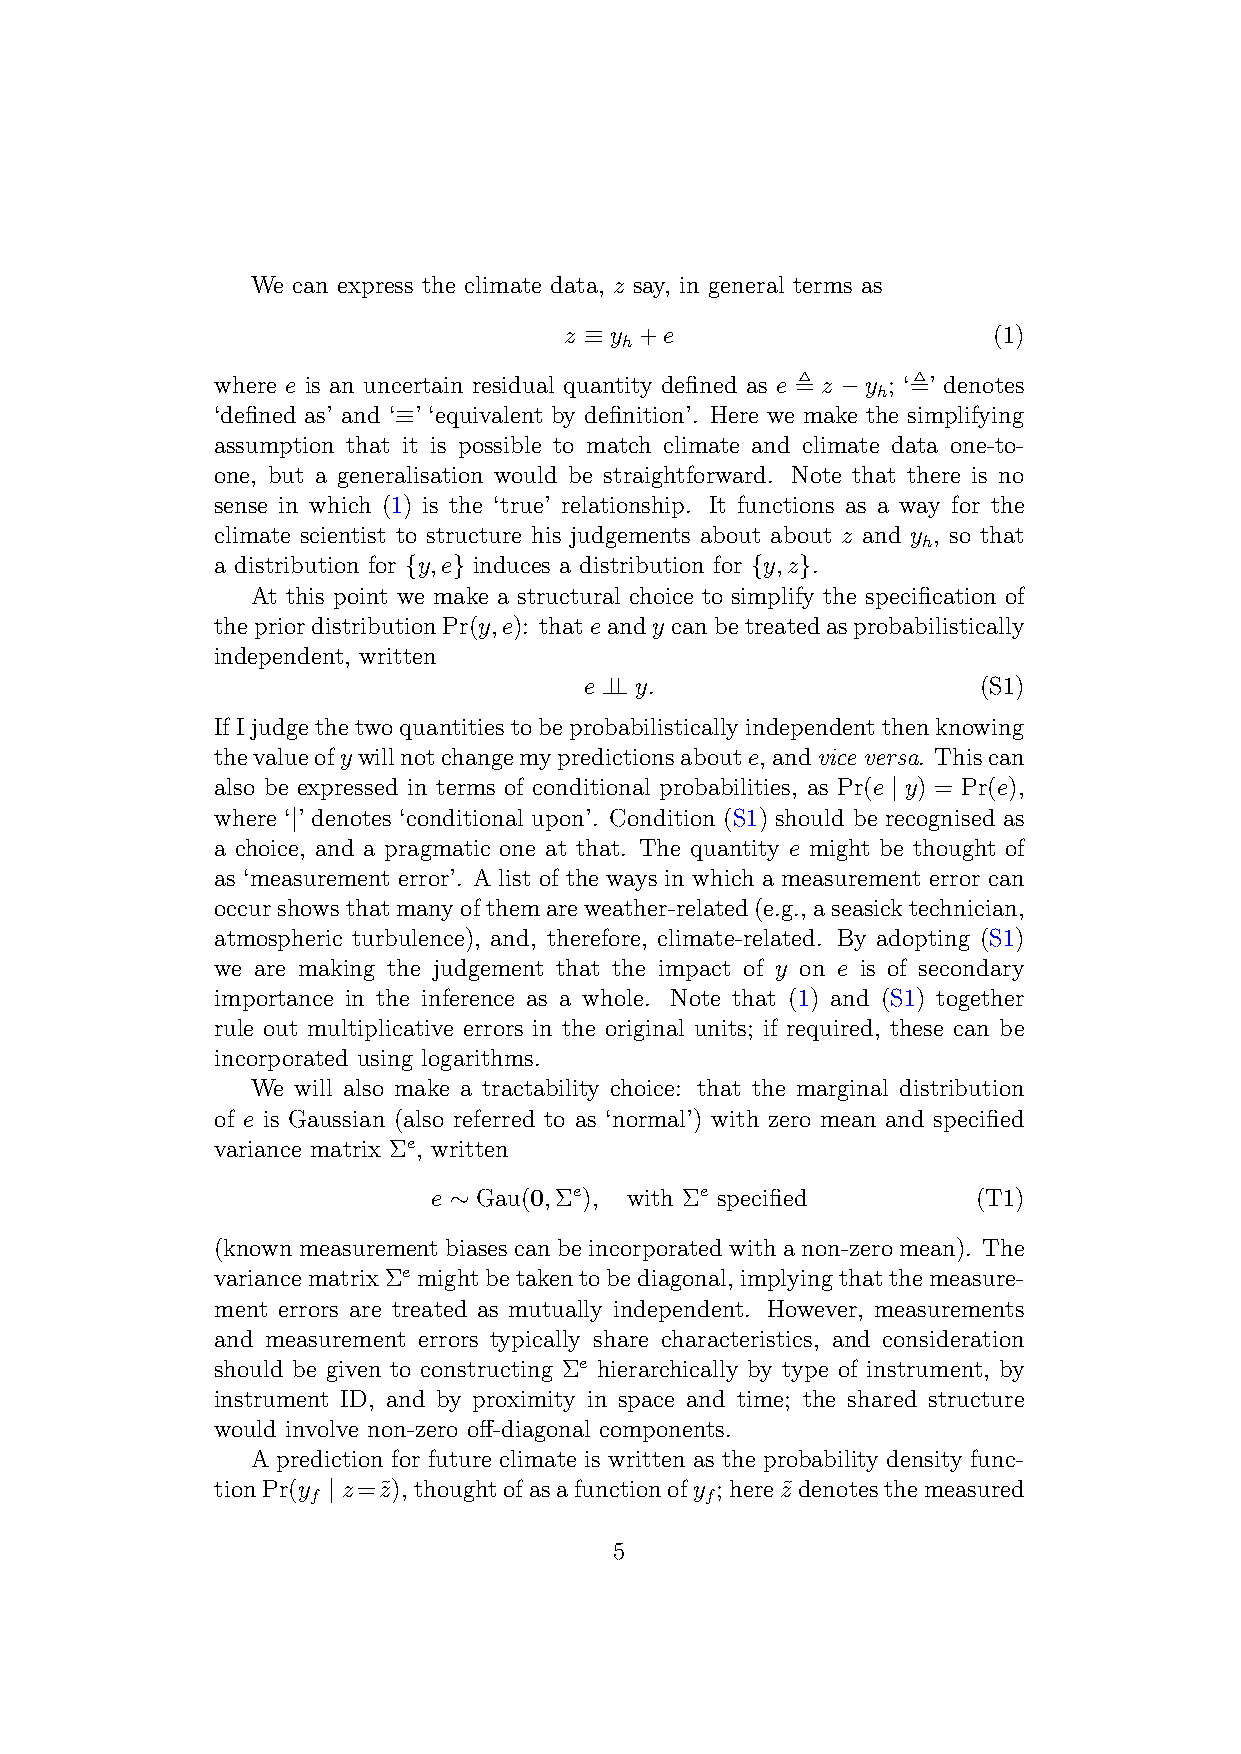
We can express the climate data, z say, in general terms as
 z ≡ y +e                     (1)
 h
 where e is an uncertain residual quantity defined as e , z −y ; ‘,’ denotes
 h
 ‘defined as’ and ‘≡’ ‘equivalent by definition’. Here we make the simplifying
 assumption that it is possible to match climate and climate data one-to-
 one, but a generalisation would be straightforward. Note that there is no
 sense in which (1) is the ‘true’ relationship. It functions as a way for the
 climate scientist to structure his judgements about about z and y , so that
 h
 a distribution for {y,e} induces a distribution for {y,z}.
 At this point we make a structural choice to simplify the specification of
 thepriordistributionPr(y,e): thateandy canbetreatedasprobabilistically
 independent, written
 e ⊥⊥ y.                   (S1)
 IfIjudgethetwoquantitiestobeprobabilisticallyindependentthenknowing
 thevalueofy willnotchangemypredictionsaboute,andvice versa. Thiscan
 also be expressed in terms of conditional probabilities, as Pr(e | y) = Pr(e),
 where ‘|’ denotes ‘conditional upon’. Condition (S1) should be recognised as
 a choice, and a pragmatic one at that. The quantity e might be thought of
 as ‘measurement error’. A list of the ways in which a measurement error can
 occurshowsthatmanyofthemareweather-related(e.g., aseasicktechnician,
 atmospheric turbulence), and, therefore, climate-related. By adopting (S1)
 we are making the judgement that the impact of y on e is of secondary
 importance in the inference as a whole. Note that (1) and (S1) together
 rule out multiplicative errors in the original units; if required, these can be
 incorporated using logarithms.
 We will also make a tractability choice: that the marginal distribution
 of e is Gaussian (also referred to as ‘normal’) with zero mean and specified
 variance matrix Σe, written
 e ∼ Gau(0,Σe), with Σe specified    (T1)
 (knownmeasurementbiasescanbeincorporatedwithanon-zeromean). The
 variancematrixΣe mightbetakentobediagonal, implyingthatthemeasure-
 ment errors are treated as mutually independent. However, measurements
 and measurement errors typically share characteristics, and consideration
 should be given to constructing Σe hierarchically by type of instrument, by
 instrument ID, and by proximity in space and time; the shared structure
 would involve non-zero off-diagonal components.
 A prediction for future climate is written as the probability density func-
 tionPr(y | z=z˜), thoughtofasafunctionofy ; herez˜denotesthemeasured
 f                          f
 5